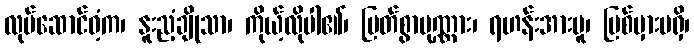
လုပ်ဆောင်ဝံ့က၊ နူးညံ့ချိုသာ၊ ကိုယ့်လိုပါ၏၊ မြတ်စွာပုဏ္ဏား၊ ရဟန်းအားမူ၊ ပြစ်မှားမရှိ၊